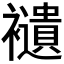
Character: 𧞸